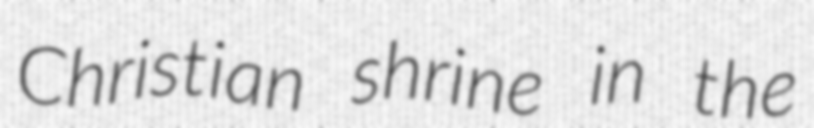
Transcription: Christian shrine in the